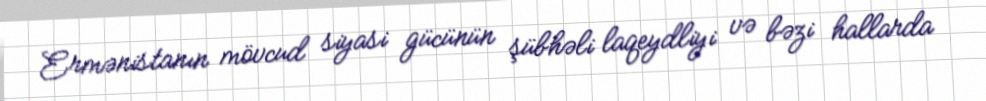
Ermənistanın mövcud siyasi gücünün şübhəli laqeydliyi və bəzi hallarda